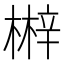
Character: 𣘲